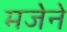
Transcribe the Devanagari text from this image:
मजेने